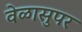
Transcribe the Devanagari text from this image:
वेळासुपर